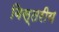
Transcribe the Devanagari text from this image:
विस्तरीय